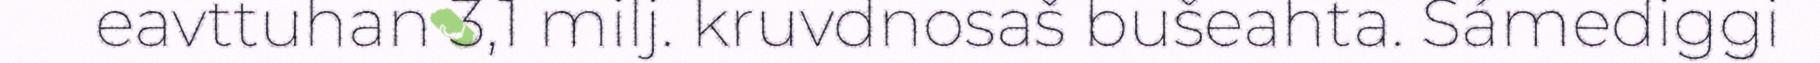
eavttuhan 3,1 milj. kruvdnosaš bušeahta. Sámediggi